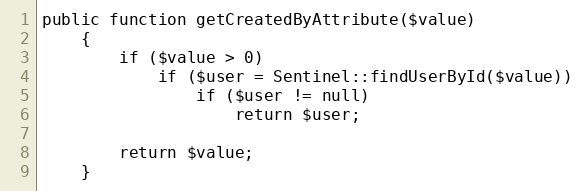
Language: PHP
public function getCreatedByAttribute($value)
    {
        if ($value > 0)
            if ($user = Sentinel::findUserById($value))
                if ($user != null)
                    return $user;

        return $value;
    }